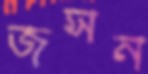
জসন